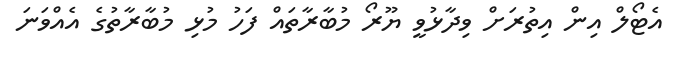
އެޓޯލް އިން އިތުރަށް ވިދާޅުވީ ޔޫރޯ މުބާރާތައް ފަހު މުޅި މުބާރާތުގެ އެއްވަނަ